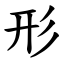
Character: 形